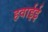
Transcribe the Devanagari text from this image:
हवाईई